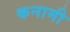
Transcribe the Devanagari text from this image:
कनामी